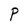
Character: P